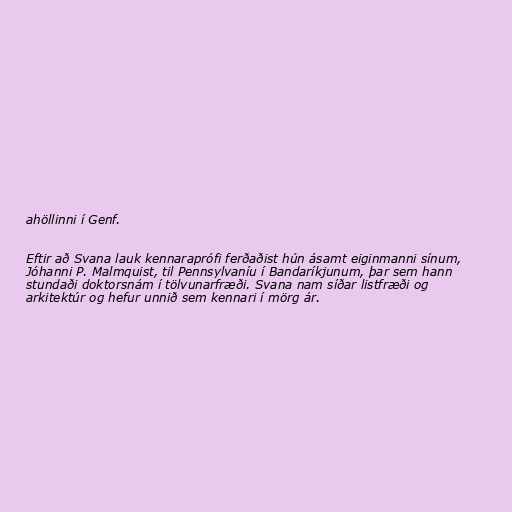
ahöllinni í Genf.

Eftir að Svana lauk kennaraprófi ferðaðist hún ásamt eiginmanni sínum,
Jóhanni P. Malmquist, til Pennsylvaníu í Bandaríkjunum, þar sem hann
stundaði doktorsnám í tölvunarfræði. Svana nam síðar listfræði og
arkitektúr og hefur unnið sem kennari í mörg ár.